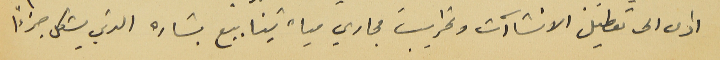
ادى الى تعطيل الانشاآت وتخريب مجاري مياه ينابيع بشاره الذي يشكل جزءًا